Lunatic asylums Central Provinces reports 1895-1909 - 1895-1909
Year: 1895
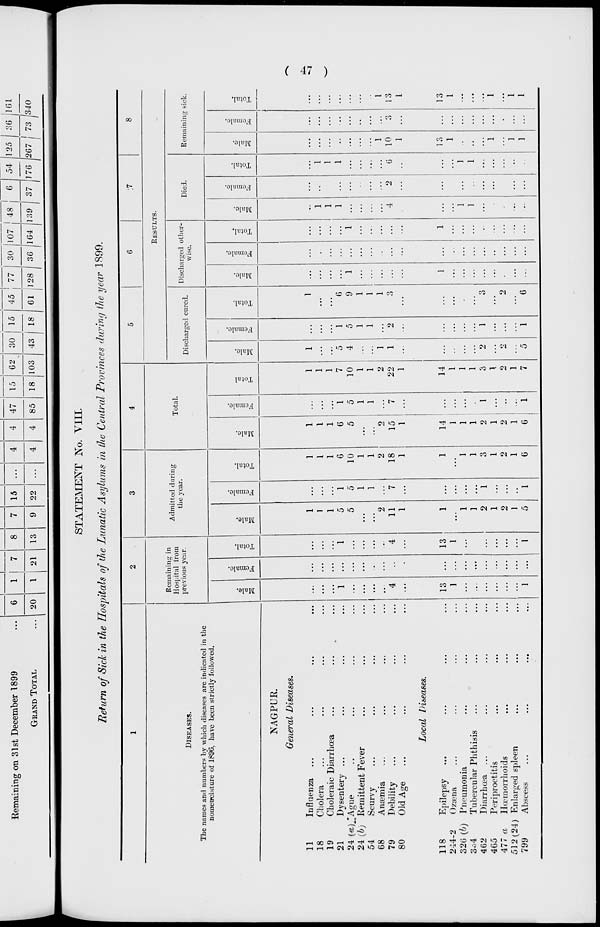
( 47 )
STATEMENT No. VIII.
Return of Sick in the Hospitals of the Lunatic Asylums in the Central Provinces during the year 1899.
1
DISEASES.
The names and numbers by which diseases are indicated in the
nomenclature of 1896, have been strictly followed.
NAGPUR.
General
Diseases.
11
Influenza
... ... ... ...
18
Cholera ... ... ... ...
19
Choleraic Diarrhœa ... ... ...
21
Dysentery ... ... ... ...
24 (a) Ague ... ... ... ...
24 (b) Remittent Fever ... ... ...
54
Scurvy ... ... ... ...
68
Anæmia ... ... ... ...
79
Debility
... ... ... ...
80
Old Age
... ... ... ...
Local
Diseases.
118
Epilepsy ... ... ... ...
244-2
Ozæna ... ... ... ...
320 (b) Pneumonia ... ... ...
334
Tubercular Phthisis ... ... ...
462
Diarrhœa ... ... ... ...
465
Periproctitis ... ... ... ...
477 a
Hœmorrhoids ... ... ...
512(24) Enlarged spleen ... ... ...
799
Abscess ... ... ... ...
2
Remaining in
Hospital from
previous year.
Male.
...
...
...
1
...
...
...
...
4
...
13
1
...
...
...
...
...
...
1
Female.
...
...
...
...
...
...
...
...
...
...
...
...
...
...
...
...
...
...
...
Total.
...
...
...
1
...
...
...
...
4
...
13
1
...
...
...
...
...
...
1
3
Admitted during
the year.
Male.
1
1
1
5
5
...
...
2
11
1
1
...
1
1
2
1
2
1
5
Female.
...
...
...
1
5
1
1
...
7
...
...
...
...
...
1
...
...
...
1
Total.
1
1
1
6
10
1
1
2
18
1
1
...
1
1
3
1
2
1
6
4
Total.
Male.
1
1
1
6
5
...
...
2
15
1
14
1
1
1
2
1
2
1
6
Female.
...
...
...
1
5
1
1
...
7
...
...
...
...
...
1
...
...
...
1
Total
1
1
1
7
10
1
1
2
22
1
14
1
1
1
3
1
2
1
7
5
6
7
8
RESULTS.
Discharged cured.
Male.
1
...
...
5
4
...
...
1
1
...
...
...
...
...
2
...
...
...
5
Female.
...
...
...
1
5
1
1
...
2
...
...
...
...
...
1
...
...
...
1
Total.
1
...
...
6
9
1
1
1
3
...
...
...
...
...
3
...
2
...
6
Discharged other-
wise.
Male.
...
...
...
...
1
...
...
...
...
...
1
...
...
...
...
...
...
...
...
Female.
...
...
...
...
...
...
...
...
...
...
...
...
...
...
...
...
...
...
...
Total.
...
...
...
...
1
...
...
...
...
...
1
...
...
...
...
...
...
...
Died.
Male.
...
1
1
1
...
...
...
...
4
...
...
...
1
1
...
...
...
...
...
Female.
...
...
...
...
...
...
...
...
2
...
...
...
...
...
...
...
...
...
...
Total.
...
1
1
1
...
...
...
...
6
...
...
...
1
1
...
...
...
...
...
Remaining sick.
Male.
...
...
...
...
...
...
...
1
10
1
13
1
...
...
...
1
...
1
1
Female.
...
...
...
...
...
..
...
...
3
...
...
...
...
...
...
...
...
...
...
Total.
...
...
...
...
...
...
...
1
13
1
13
1
...
...
...
1
...
1
1